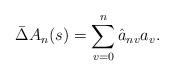
LaTeX: \begin{align*} \bar{\Delta}A_{n}(s)&=\sum_{v=0}^{n}\hat{a}_{nv}a_{v}. \end{align*}